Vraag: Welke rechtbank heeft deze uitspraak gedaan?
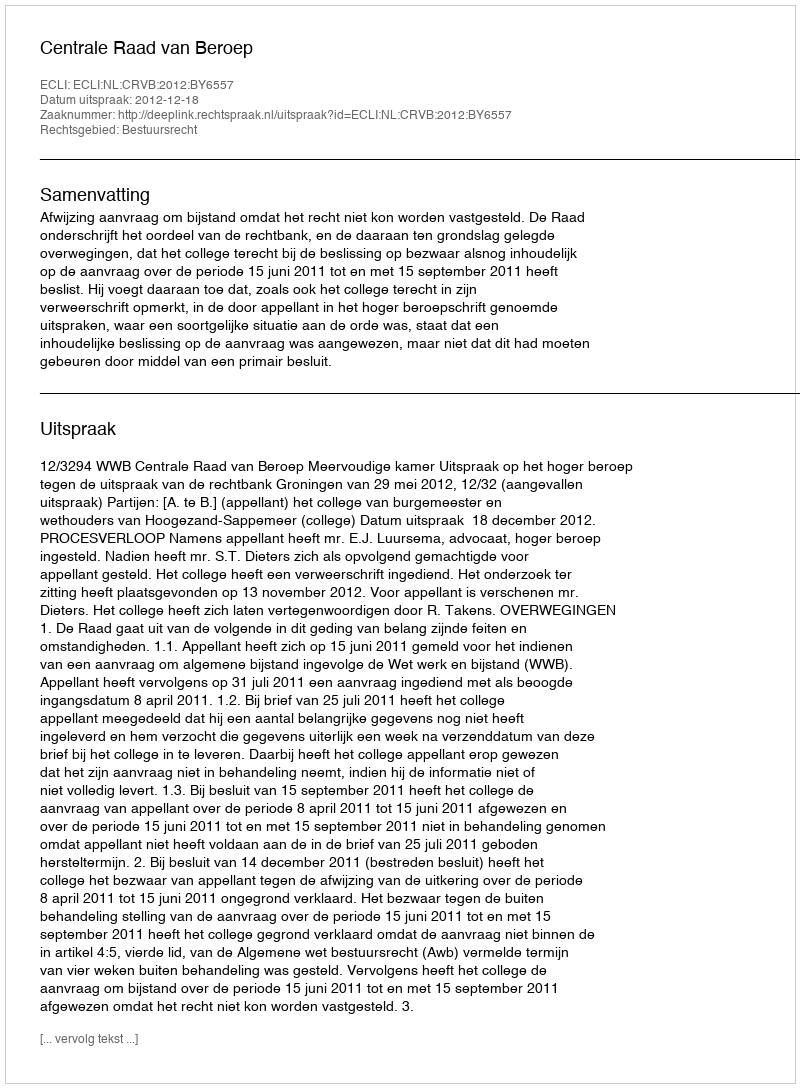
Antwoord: Centrale Raad van Beroep